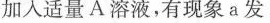
加入适量A溶液，有现象a发